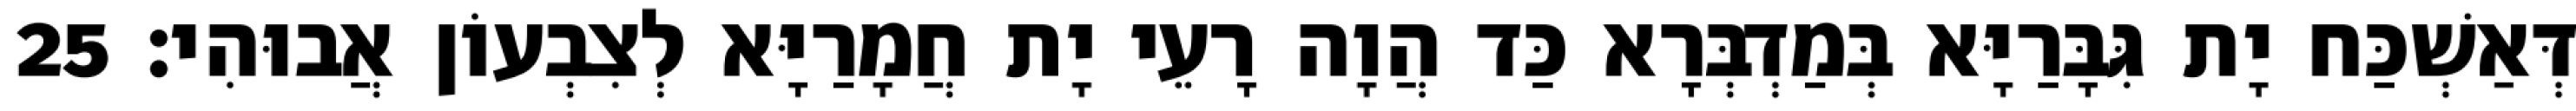
דְּאַשְׁכַּח יָת גִּבָּרַיָּא בְּמַדְבְּרָא כַּד הֲוָה רָעֵי יָת חֲמָרַיָּא לְצִבְעוֹן אֲבוּהִי׃ 25